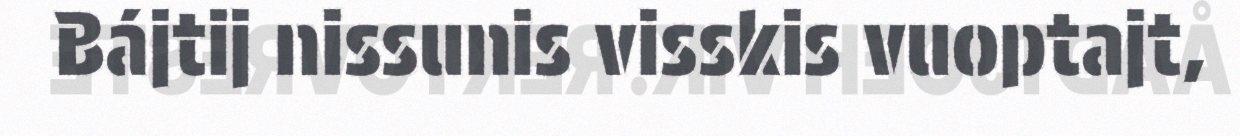
Bájtij nissunis visskis vuoptajt,